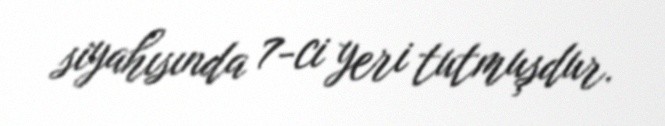
siyahısında 7-ci yeri tutmuşdur.